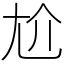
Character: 尬